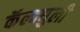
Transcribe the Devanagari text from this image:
कॅल्क्युली